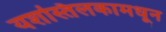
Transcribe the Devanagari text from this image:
यशस्तिलकामधून